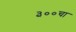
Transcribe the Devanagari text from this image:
३००चा